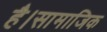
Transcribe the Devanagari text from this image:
है।सामाजिक